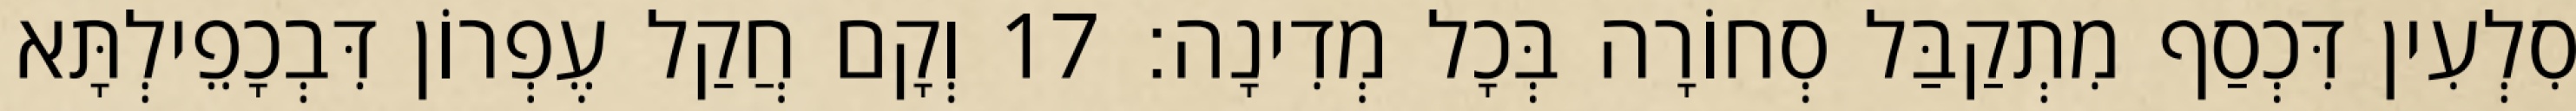
סִלְעִין דִּכְסַף מִתְקַבַּל סְחוֹרָה בְּכָל מְדִינָה׃ 17 וְקָם חֲקַל עֶפְרוֹן דִּבְכָפֵילְתָּא